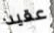
عقيد